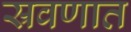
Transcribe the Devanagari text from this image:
स्रवणात